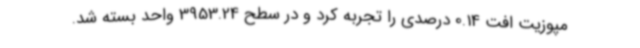
مپوزیت افت 0.14 درصدی را تجربه کرد و در سطح 3953.24 واحد بسته شد.